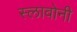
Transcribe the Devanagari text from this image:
स्लावोनी